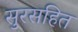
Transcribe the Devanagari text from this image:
सुरसहित